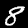
Label: 8